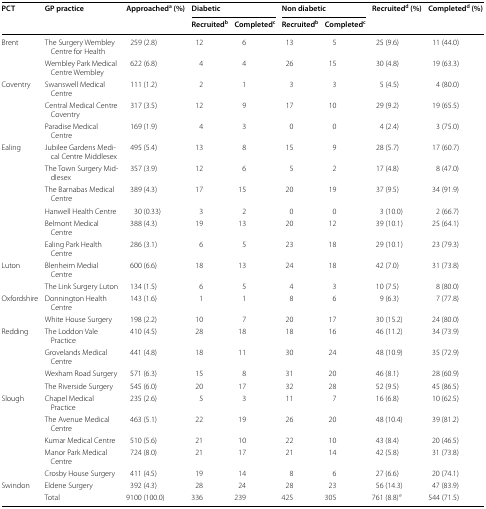
<table><thead><tr><td rowspan="2"><b>PCT</b></td><td rowspan="2"><b>GP practice</b></td><td rowspan="2"><b>Approached<sup>a</sup> (%)</b></td><td colspan="2"><b>Diabetic</b></td><td colspan="2"><b>Non diabetic</b></td><td rowspan="2"><b>Recruited<sup>d</sup> (%)</b></td><td rowspan="2"><b>Completed<sup>d</sup> (%)</b></td></tr><tr><td><b>Recruited<sup>b</sup></b></td><td><b>Completed<sup>c</sup></b></td><td><b>Recruited<sup>b</sup></b></td><td><b>Completed<sup>c</sup></b></td></tr></thead><tbody><tr><td rowspan="2">Brent</td><td>The Surgery Wembley Centre for Health</td><td>259 (2.8)</td><td>12</td><td>6</td><td>13</td><td>5</td><td>25 (9.6)</td><td>11 (44.0)</td></tr><tr><td>Wembley Park Medical Centre Wembley</td><td>622 (6.8)</td><td>4</td><td>4</td><td>26</td><td>15</td><td>30 (4.8)</td><td>19 (63.3)</td></tr><tr><td rowspan="3">Coventry</td><td>Swanswell Medical Centre</td><td>111 (1.2)</td><td>2</td><td>1</td><td>3</td><td>3</td><td>5 (4.5)</td><td>4 (80.0)</td></tr><tr><td>Central Medical Centre Coventry</td><td>317 (3.5)</td><td>12</td><td>9</td><td>17</td><td>10</td><td>29 (9.2)</td><td>19 (65.5)</td></tr><tr><td>Paradise Medical Centre</td><td>169 (1.9)</td><td>4</td><td>3</td><td>0</td><td>0</td><td>4 (2.4)</td><td>3 (75.0)</td></tr><tr><td rowspan="6">Ealing</td><td>Jubilee Gardens Medical Centre Middlesex</td><td>495 (5.4)</td><td>13</td><td>8</td><td>15</td><td>9</td><td>28 (5.7)</td><td>17 (60.7)</td></tr><tr><td>The Town Surgery Middlesex</td><td>357 (3.9)</td><td>12</td><td>6</td><td>5</td><td>2</td><td>17 (4.8)</td><td>8 (47.0)</td></tr><tr><td>The Barnabas Medical Centre</td><td>389 (4.3)</td><td>17</td><td>15</td><td>20</td><td>19</td><td>37 (9.5)</td><td>34 (91.9)</td></tr><tr><td>Hanwell Health Centre</td><td>30 (0.33)</td><td>3</td><td>2</td><td>0</td><td>0</td><td>3 (10.0)</td><td>2 (66.7)</td></tr><tr><td>Belmont Medical Centre</td><td>388 (4.3)</td><td>19</td><td>13</td><td>20</td><td>12</td><td>39 (10.1)</td><td>25 (64.1)</td></tr><tr><td>Ealing Park Health Centre</td><td>286 (3.1)</td><td>6</td><td>5</td><td>23</td><td>18</td><td>29 (10.1)</td><td>23 (79.3)</td></tr><tr><td rowspan="2">Luton</td><td>Blenheim Medial Centre</td><td>600 (6.6)</td><td>18</td><td>13</td><td>24</td><td>18</td><td>42 (7.0)</td><td>31 (73.8)</td></tr><tr><td>The Link Surgery Luton</td><td>134 (1.5)</td><td>6</td><td>5</td><td>4</td><td>3</td><td>10 (7.5)</td><td>8 (80.0)</td></tr><tr><td rowspan="2">Oxfordshire</td><td>Donnington Health Centre</td><td>143 (1.6)</td><td>1</td><td>1</td><td>8</td><td>6</td><td>9 (6.3)</td><td>7 (77.8)</td></tr><tr><td>White House Surgery</td><td>198 (2.2)</td><td>10</td><td>7</td><td>20</td><td>17</td><td>30 (15.2)</td><td>24 (80.0)</td></tr><tr><td rowspan="4">Redding</td><td>The Loddon Vale Practice</td><td>410 (4.5)</td><td>28</td><td>18</td><td>18</td><td>16</td><td>46 (11.2)</td><td>34 (73.9)</td></tr><tr><td>Grovelands Medical Centre</td><td>441 (4.8)</td><td>18</td><td>11</td><td>30</td><td>24</td><td>48 (10.9)</td><td>35 (72.9)</td></tr><tr><td>Wexham Road Surgery</td><td>571 (6.3)</td><td>15</td><td>8</td><td>31</td><td>20</td><td>46 (8.1)</td><td>28 (60.9)</td></tr><tr><td>The Riverside Surgery</td><td>545 (6.0)</td><td>20</td><td>17</td><td>32</td><td>28</td><td>52 (9.5)</td><td>45 (86.5)</td></tr><tr><td rowspan="5">Slough</td><td>Chapel Medical Practice</td><td>235 (2.6)</td><td>5</td><td>3</td><td>11</td><td>7</td><td>16 (6.8)</td><td>10 (62.5)</td></tr><tr><td>The Avenue Medical Centre</td><td>463 (5.1)</td><td>22</td><td>19</td><td>26</td><td>20</td><td>48 (10.4)</td><td>39 (81.2)</td></tr><tr><td>Kumar Medical Centre</td><td>510 (5.6)</td><td>21</td><td>10</td><td>22</td><td>10</td><td>43 (8.4)</td><td>20 (46.5)</td></tr><tr><td>Manor Park Medical Centre</td><td>724 (8.0)</td><td>21</td><td>17</td><td>21</td><td>14</td><td>42 (5.8)</td><td>31 (73.8)</td></tr><tr><td>Crosby House Surgery</td><td>411 (4.5)</td><td>19</td><td>14</td><td>8</td><td>6</td><td>27 (6.6)</td><td>20 (74.1)</td></tr><tr><td>Swindon</td><td>Eldene Surgery</td><td>392 (4.3)</td><td>28</td><td>24</td><td>28</td><td>23</td><td>56 (14.3)</td><td>47 (83.9)</td></tr><tr><td></td><td>Total</td><td>9100 (100.0)</td><td>336</td><td>239</td><td>425</td><td>305</td><td>761 (8.8)<sup>e</sup></td><td>544 (71.5)</td></tr></tbody></table>